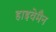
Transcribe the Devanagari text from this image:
हाइवेमैन